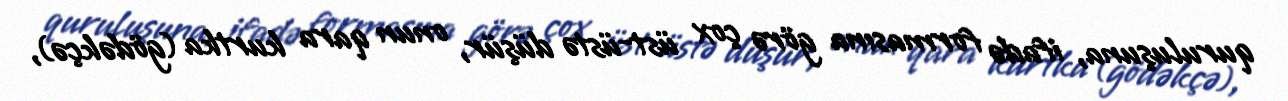
quruluşuna, ifadə formasına görə çox üst-üstə düşür, onun qara kurtka (gödəkçə),